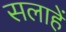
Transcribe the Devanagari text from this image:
सलाहें